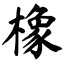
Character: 橡